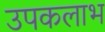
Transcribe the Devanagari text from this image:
उपकलाभ